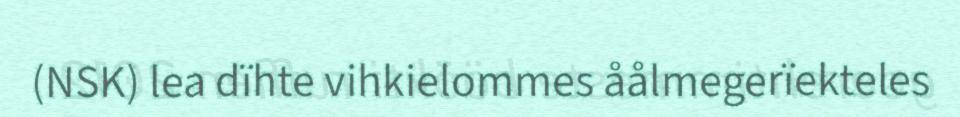
(NSK) lea dïhte vihkielommes åålmegerïekteles